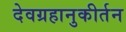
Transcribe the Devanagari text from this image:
देवग्रहानुकीर्तन